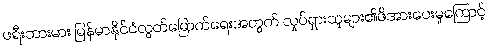
ဖရီးဘားမား မြန်မာနိုင်ငံလွတ်မြောက်ရေးအတွက် လှုပ်ရှားသူများ၏ဖိအားပေးမှုကြောင့်